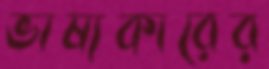
ভাষ্যকারের